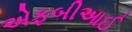
એફબીઆઈ